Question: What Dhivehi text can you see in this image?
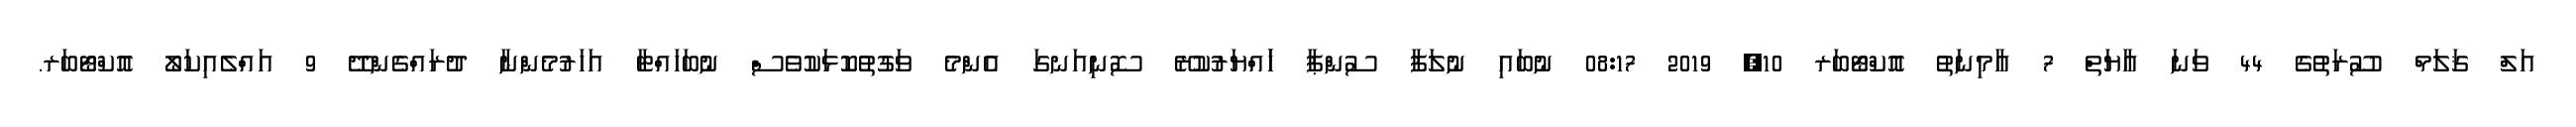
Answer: އަލް ޤަލަމް ސޫރަތުގެ 44 ވަނަ އާޔަތް 7 އާމިނަތު އޮކްޓޯބަރ 10, 2019 08:17 ނުބައި ނުލަފާ ސުންޕާ ހަައްޔަރުކުރޭ ސޮނިއަނގަ އެންމެ ވަގުތުކޮޅަކުވެސް ނުބަހައްޓާ އަހަރުމެންނާ ދުރައްގެންދޭ 9 އައްލެއިކަލޯ އޮކްޓޯބަރ.